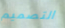
التصميم